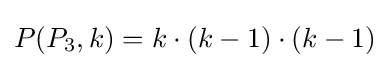
P(P_{3},k)=k\cdot (k-1)\cdot (k-1)